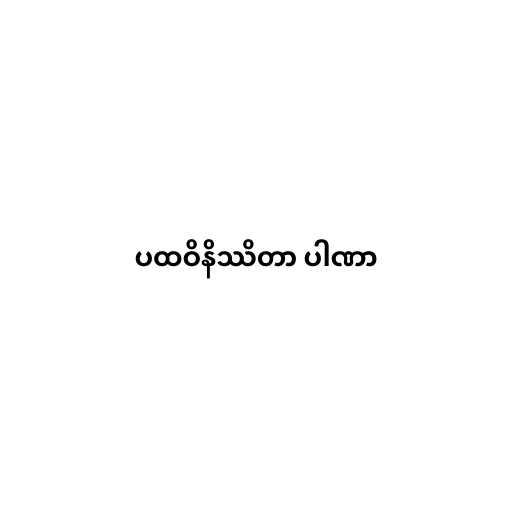
ပထဝိနိဿိတာ ပါဏာ